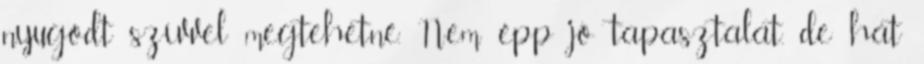
nyugodt szívvel megtehetné. Nem épp jó tapasztalat, de hát